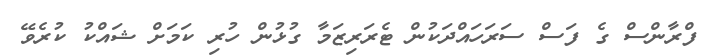
ފްރާންސް ގެ ފަސް ސަރަހައްދަކުން ޓެރަރިޒަމާ ގުޅުން ހުރި ކަމަށް ޝައްކު ކުރެވޭ